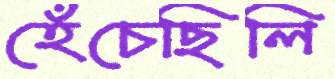
হেঁচেছিলি